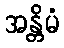
အန္တိမံ